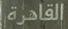
القاهرة